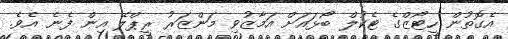
އެގޮތުން ހީޓޯޒްގެ ޓެކުލް ބޯޅައަށް އަމާޒުވި މަންޒަރު ރީޕްލޭ އިން ފެނެ އެވެ.